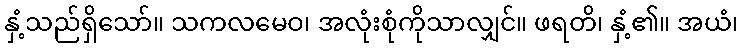
နှံ့သည်ရှိသော်။ သကလမေဝ၊ အလုံးစုံကိုသာလျှင်။ ဖရတိ၊ နှံ့၏။ အယံ၊